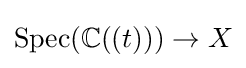
{\text{Spec}}(\mathbb {C} ((t)))\to X